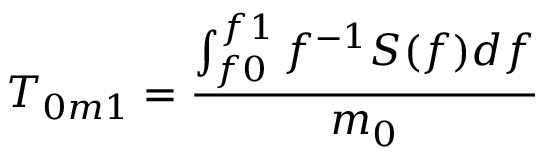
T _ { 0 m 1 } = \frac { \int _ { f 0 } ^ { f 1 } f ^ { - 1 } S ( f ) d f } { m _ { 0 } }